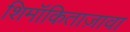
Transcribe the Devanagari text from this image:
शिमॉकिताज़ावा